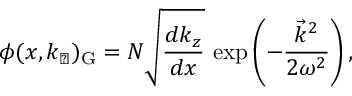
\phi ( x , k _ { \perp } ) _ { \mathrm { G } } = { \cal N } \sqrt { { \frac { d k _ { z } } { d x } } } ~ \mathrm { e x p } \left( - { \frac { \vec { k } ^ { 2 } } { 2 \omega ^ { 2 } } } \right) ,